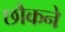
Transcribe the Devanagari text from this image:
छौकने